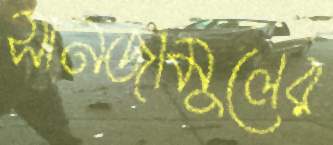
সানজামুলের